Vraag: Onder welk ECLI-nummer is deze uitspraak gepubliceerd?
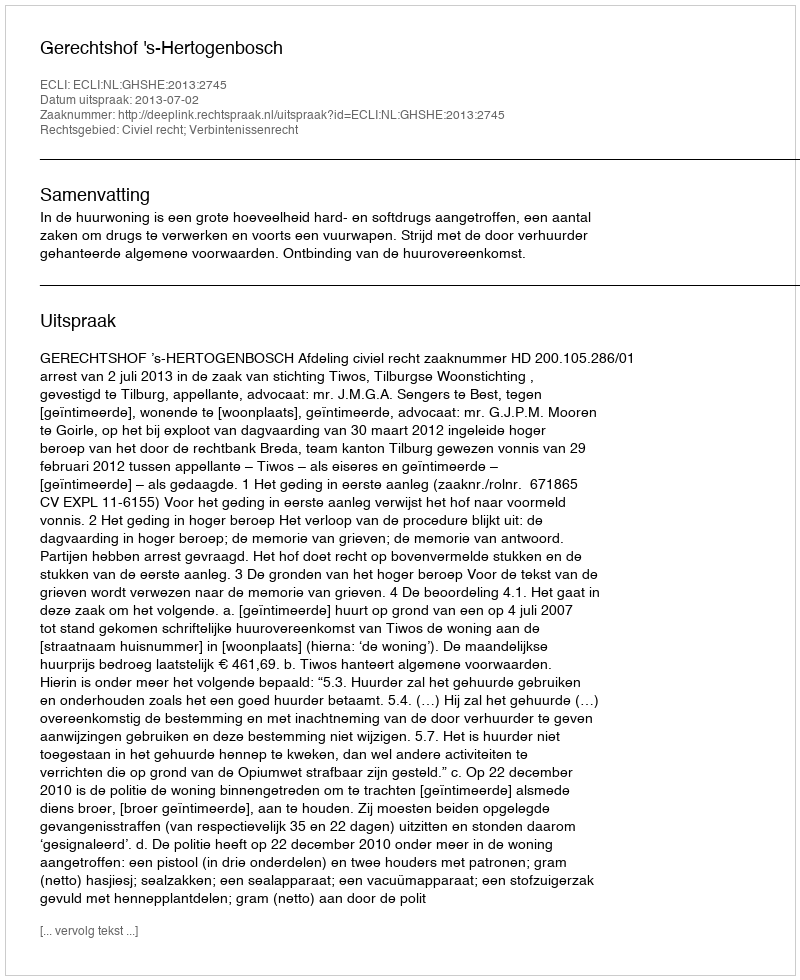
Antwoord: ECLI:NL:GHSHE:2013:2745